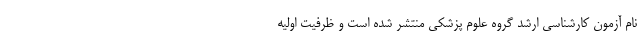
نام آزمون کارشناسی ارشد گروه علوم پزشکی منتشر شده است و ظرفیت اولیه